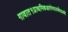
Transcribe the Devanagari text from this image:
गावात१प्राथमिकआरोग्यउपकेंद्रआहे